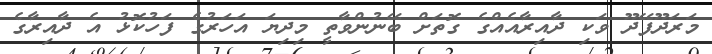
މަރަދޫފޭދޫ ވަކި ދާއިރާއެއްގެ ގޮތަށް ބޭނުންވާތީ މިދިޔަ އަހަރުގެ ފަހުކޮޅު އެ ދާއިރާގެ